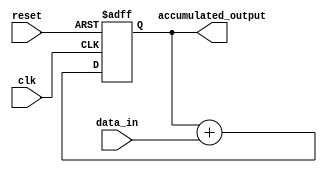
module FixedPointAccumulator (
    input wire clk,
    input wire reset,
    input wire [15:0] data_in,
    output reg [31:0] accumulated_output
);

reg [31:0] accumulator;

always @(posedge clk or posedge reset) begin
    if (reset) begin
        accumulator <= 32'b0;
    end else begin
        accumulator <= accumulator + {16'b0, data_in}; // Fixed-point addition
    end
end

assign accumulated_output = accumulator;

endmodule